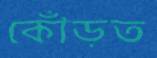
কোঁড়ত